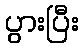
ပွားပြီး